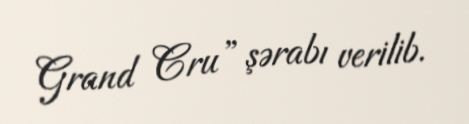
Grand Cru” şərabı verilib.